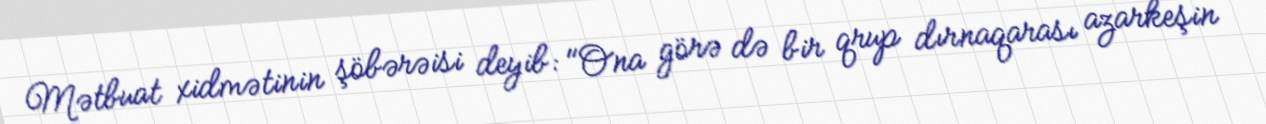
Mətbuat xidmətinin şöbərəisi deyib: "Ona görə də bir qrup dırnaqarası azarkeşin